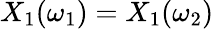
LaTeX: X_{1}(\omega_{1})=X_{1}(\omega_{2})